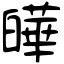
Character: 皣